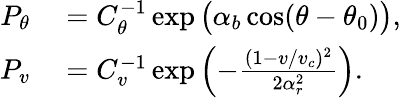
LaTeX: \begin{array}{rl}{P_{\theta}}&{{}=C_{\theta}^{-1}\exp{\bigl(\alpha_{b}\cos(\theta-\theta_{0})\bigr)},}\\ {P_{v}}&{{}=C_{v}^{-1}\exp{\Bigl(-\frac{(1-v/v_{c})^{2}}{2\alpha_{r}^{2}}\Bigr)}.}\end{array}